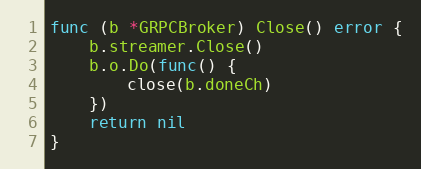
Language: Go
func (b *GRPCBroker) Close() error {
	b.streamer.Close()
	b.o.Do(func() {
		close(b.doneCh)
	})
	return nil
}